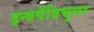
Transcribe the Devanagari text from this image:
इन्त्रवेंत्रिचुलर